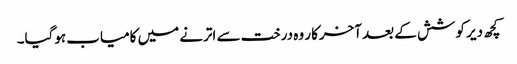
کچھ دیر کوشش کے بعد آخرکار وہ درخت سے اترنے میں کامیاب ہوگیا۔